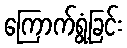
ကြောက်ရွံ့ခြင်း